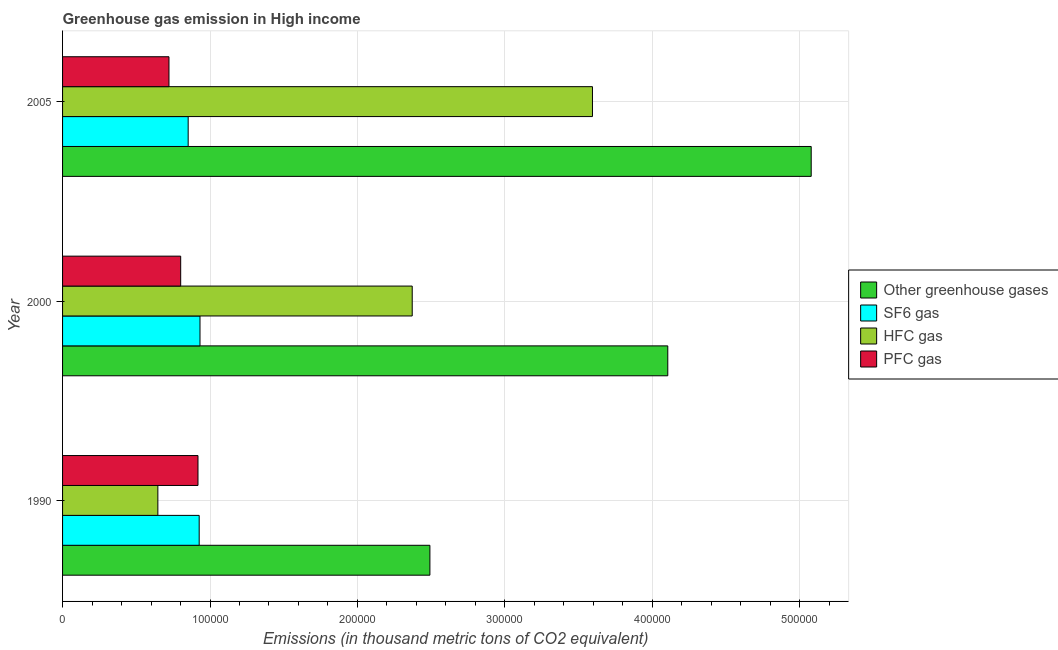
| Year | Other greenhouse gases | SF6 gas | HFC gas | PFC gas |
 | --- | --- | --- | --- | --- |
 | 1990 | 2.49e+05 | 9.27e+04 | 6.46e+04 | 9.19e+04 |
 | 2000 | 4.1e+05 | 9.32e+04 | 2.37e+05 | 8.01e+04 |
 | 2005 | 5.08e+05 | 8.52e+04 | 3.59e+05 | 7.22e+04 |